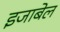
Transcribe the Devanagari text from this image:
इजाबेल